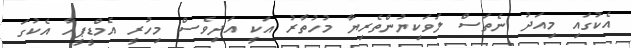
އެކުގައި މިއަދު ނެތަސް ލަވަކިޔުންތެރިޔާ މުހުތާރު އަކީ އަދިވެސް މިހުރީ އެމްޑީޕީއާ އެކުގަ